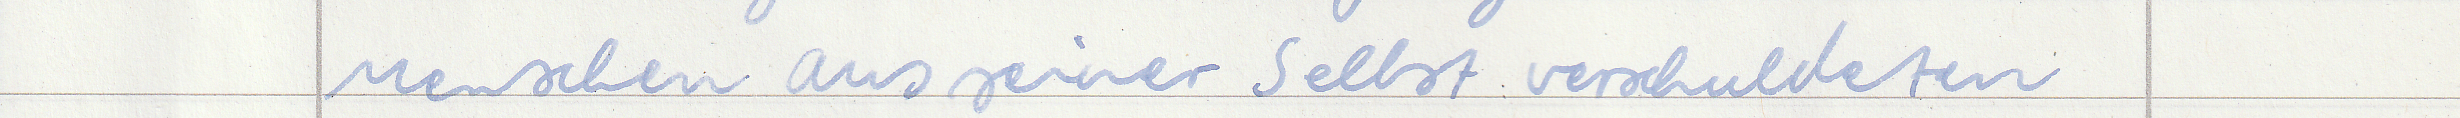
Menschen aus seiner selbst verschuldeten